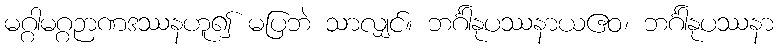
မဂ္ဂါမဂ္ဂဉာဏဒဿနဟူ၍ မပြဘဲ သာလျှင်။ ဘင်္ဂါနုပဿနာယဧဝ၊ ဘင်္ဂါနုပဿနာ